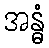
အန္ဓံ